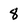
Character: 8